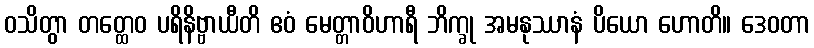
ဝသိတွာ တတ္ထေဝ ပရိနိဗ္ဗာယီတိ ဧဝံ မေတ္တာဝိဟာရီ ဘိက္ခု အမနုဿာနံ ပိယော ဟောတိ။ ဒေဝတာ